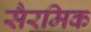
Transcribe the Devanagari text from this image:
सैरमिक